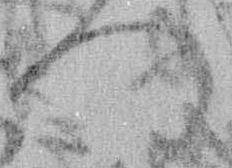
へ